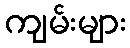
ကျမ်းများ